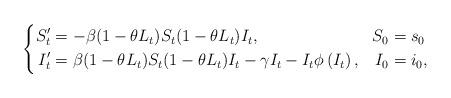
LaTeX: \begin{align*}\left\{\begin{aligned}S^\prime_t&=-\beta(1-\theta L_t)S_t (1-\theta L_t )I_t, & S_0 &= s_0\\I^\prime_t &=\beta(1-\theta L_t )S_t (1-\theta L_t )I_t -\gamma I_t -I_t \phi\left(I_t \right), & I_0 &= i_0,\end{aligned}\right.\end{align*}